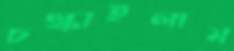
চল্‌কাইলাম